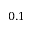
0 . 1